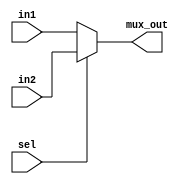
`timescale 1ns / 1ps
//////////////////////////////////////////////////////////////////////////////////
// Company: 
// Engineer: 
// 
// Design Name: 
// Module Name: mux
// Project Name: 
// Target Devices: 
// Tool Versions: 
// Description: 
// 
// Dependencies: 
// 
// Revision:
// Revision 0.01 - File Created
// Additional Comments:
// 
//////////////////////////////////////////////////////////////////////////////////


module mux(
input wire [31:0] in1, in2,
input sel,
output wire [31:0] mux_out
    );
    
    assign mux_out = (sel) ? in2 : in1;
endmodule